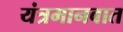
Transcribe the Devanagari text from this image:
यंत्रमानवात